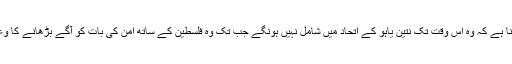
یائیر لاپِد کا کہنا ہے کہ وہ اس وقت تک نتین یاہو کے اتحاد میں شامل نہیں ہونگے جب تک وہ فلسطین کے ساتھ امن کی بات کو آگے بڑھانے کا وعدہ نہیں کرتے۔